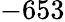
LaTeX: -653